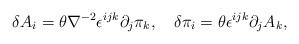
LaTeX: \begin{align*}\delta A_i = \theta \nabla ^{-2}\epsilon^{ijk}\partial_j \pi_k, \quad \delta \pi _i = \theta\epsilon^{ijk}\partial_j A_k ,\end{align*}